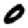
Digit: 0